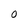
Character: O